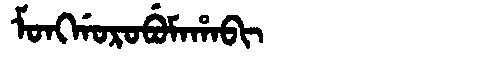
Manchu: ᠮᠣᠩᡤᠣᡵᠣᠪᡠᠮᠠᡥᠠᠪᡳ
Romanization: MONGGOROBUMAHABI